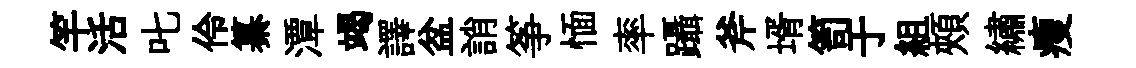
竿活叱伶纂潭竭譯盆誚筝愐率躡斧壻笥于組頰繡瘦